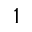
1